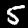
Label: 5